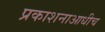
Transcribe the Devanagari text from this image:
प्रकाशनाआधीच